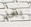
بعد